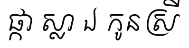
ផ្កា ស្លា ឯ កូនស្រី